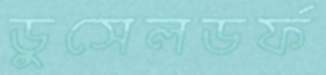
ডুসেলডর্ফ